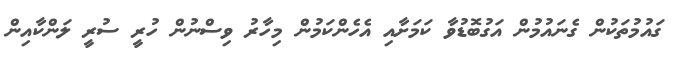
ގައުމުތަކުން ގެނައުމުން އަގުބޮޑުވާ ކަމަށާއި އެހެންކަމުން މިހާރު ވިސްނުން ހުރީ ސުރީ ލަންކާއިން